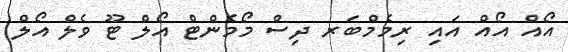
އޯއް އޯއް އައި ރިމެމްބަރ ދިސް މޯމެންޓް އޯލް ޓޫ ވެލް އޯލް